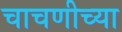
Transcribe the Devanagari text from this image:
चाचणीच्या